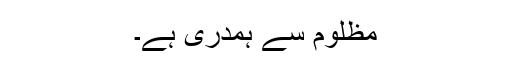
مظلوم سے ہمدری ہے۔